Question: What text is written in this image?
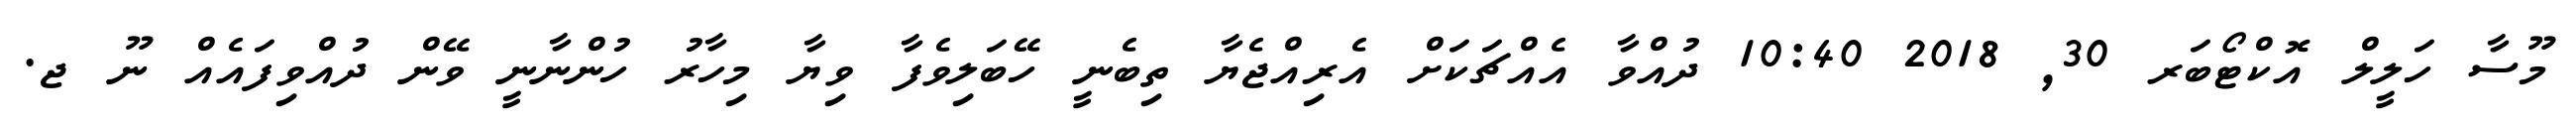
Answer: މޫސާ ހަލީލް އޮކްޓޯބަރ 30, 2018 10:40 ދުއްވާ އެއްޗަކަށް އެރިއްޖެޔާ ތިބެނީ ހޭބަލިވެފާ ވިޔާ މިހާރު ހުންނާނީ ވޭން ދުއްވިފައެއް ނޫ ޖ.